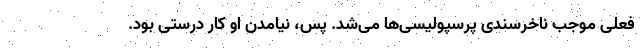
فعلی موجب ناخرسندی پرسپولیسی‌ها می‌شد. پس، نیامدن او کار درستی بود.